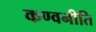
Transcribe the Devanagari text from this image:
कण्वनीति